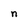
Character: n